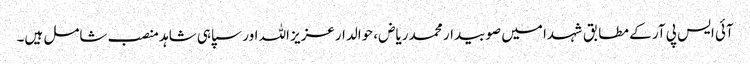
آئی ایس پی آر کے مطابق شہدا میں صوبیدار محمد ریاض، حوالدارعزیز اللہ اور سپاہی شاہد منصب شامل ہیں۔